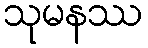
သုမနဿ